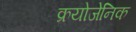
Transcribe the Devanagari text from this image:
क्रयोजेनिक